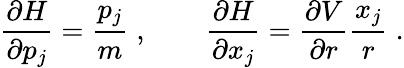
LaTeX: \frac{\partial H}{\partial p_{j}}=\frac{p_{j}}{m}\; ,\qquad\frac{\partial H}{\partial x_{j}}=\frac{\partial V}{\partial r}\frac{x_{j}}{r}\; .